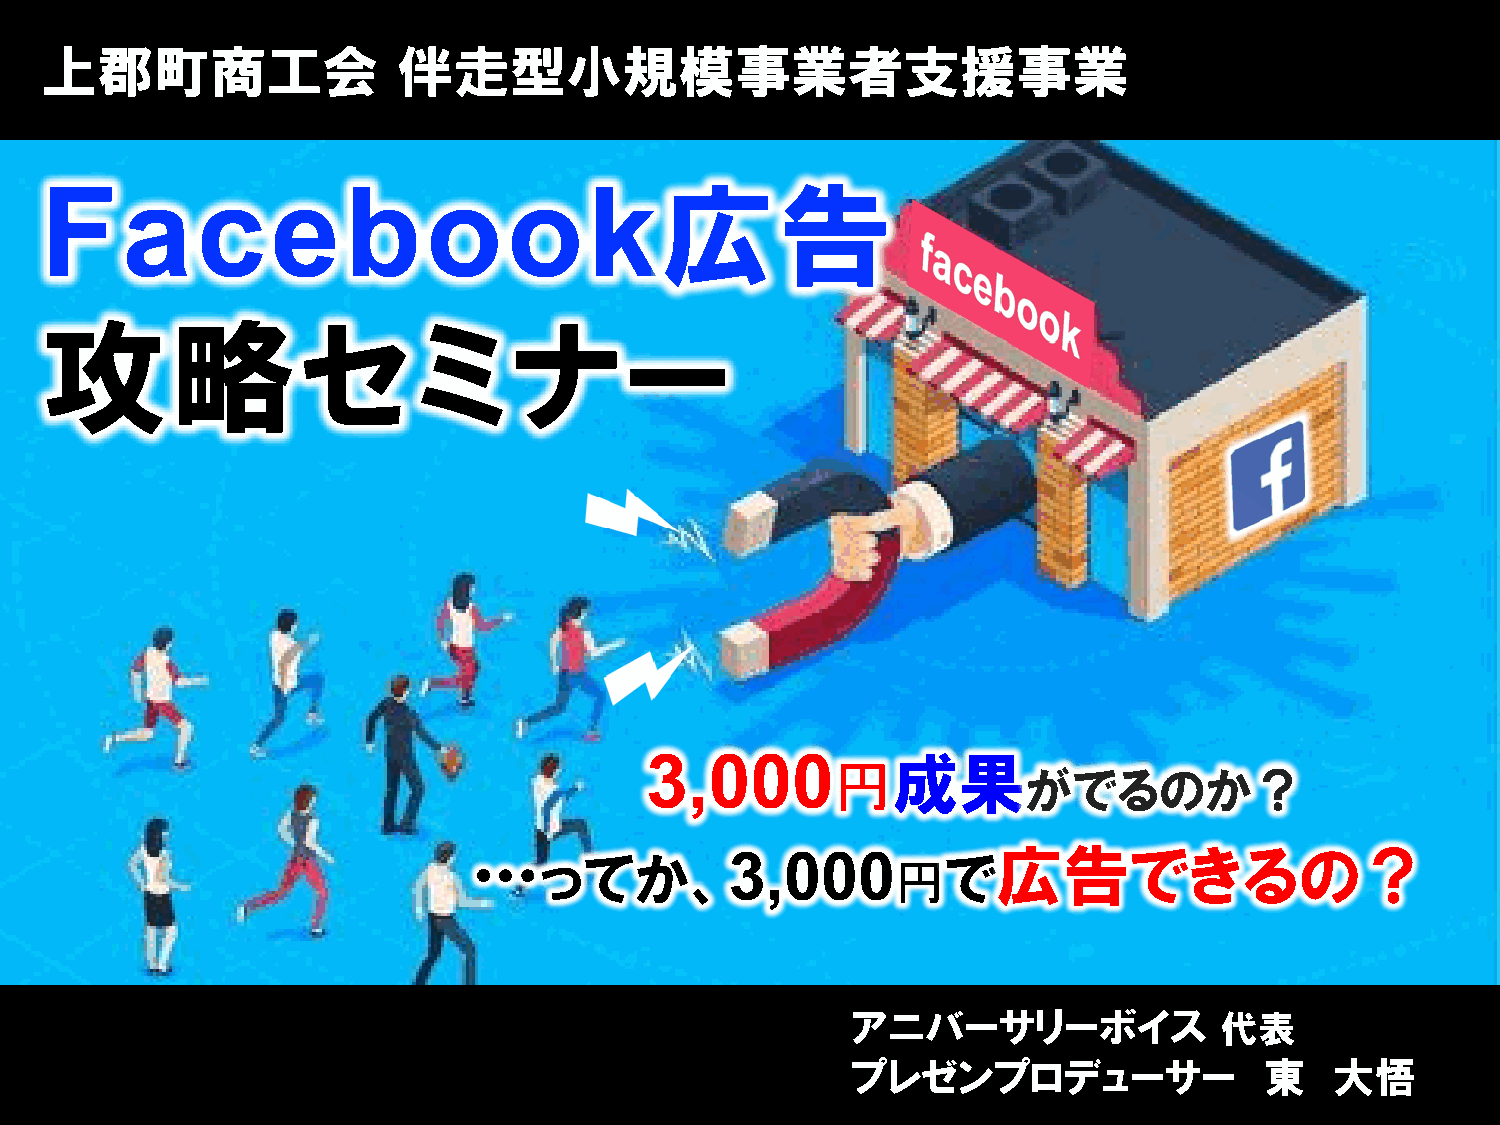
上郡町商工会                 伴走型小規模事業者支援事業
 Facebook広告
 攻略セミナー
 3,000           成果
 円
 がでるのか？
 …    ってか、3,000                  で広告できるの？
 円
 アニバーサリーボイス               代表
 プレゼンプロデューサー                 東   大悟